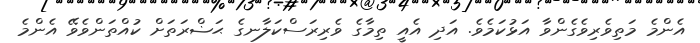
އެންމެ މަތިވެރިވެގެންވާ އަޅުކަމެވެ. އަދި އެއީ ތިމާގެ ވެރިރަސްކަލާނގެ ޙަޟްރަތަށް ކުއްތަންވެވޭ އެންމެ